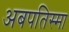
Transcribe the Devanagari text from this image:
अबपतिस्मा